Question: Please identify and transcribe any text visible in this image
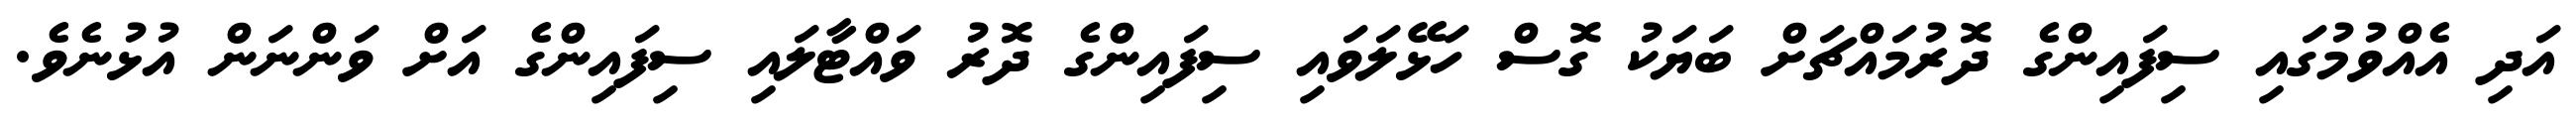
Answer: އަދި އެއްވުމުގައި ސިފައިންގެ ދޮރުމައްޗަށް ބަޔަކު ގޮސް ހަޅޭލަވައި ސިފައިންގެ ދޮރު ވައްޓާލައި ސިފައިންގެ އަށް ވަންނަން އުޅުނެވެ.